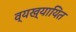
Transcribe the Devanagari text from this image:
व्यख्यायित